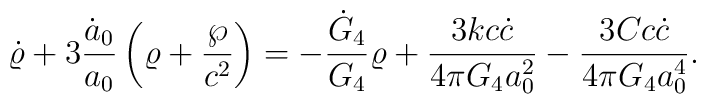
\dot{\varrho}+3{\dot{a}_0\over a_0}\left(\varrho+{\wp\over c^2}\right)=-{\dot{G}_4\over G_4}\varrho+{{3kc\dot{c}}\over{4\pi G_4a^2_0}}-{{3Cc\dot{c}}\over{4\pi G_4a^4_0}}.